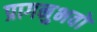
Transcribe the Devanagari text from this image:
प्रागनुभवों